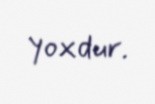
yoxdur.